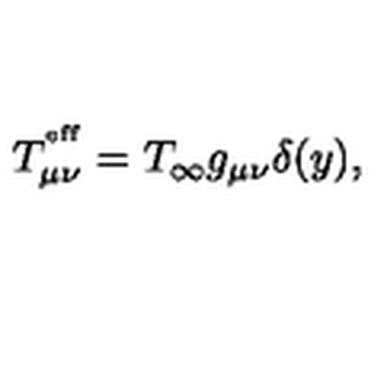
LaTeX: T _ { \mu \nu } ^ { ^ \mathrm { e f f } } = T _ { \infty } g _ { \mu \nu } \delta ( y ) ,